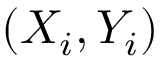
( X _ { i } , Y _ { i } )